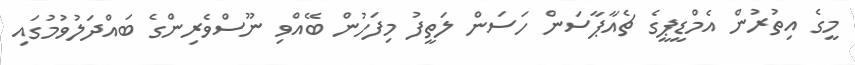
މީގެ އިތުރުން އެމްޑީޕީގެ ޗެއާޕާސަން ހަސަން ލަތީފު މިފަހުން ބޭއްވި ނޫސްވެރިންގެ ބައްދަލުވުމުގައި